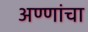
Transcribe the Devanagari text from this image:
अण्णांचा